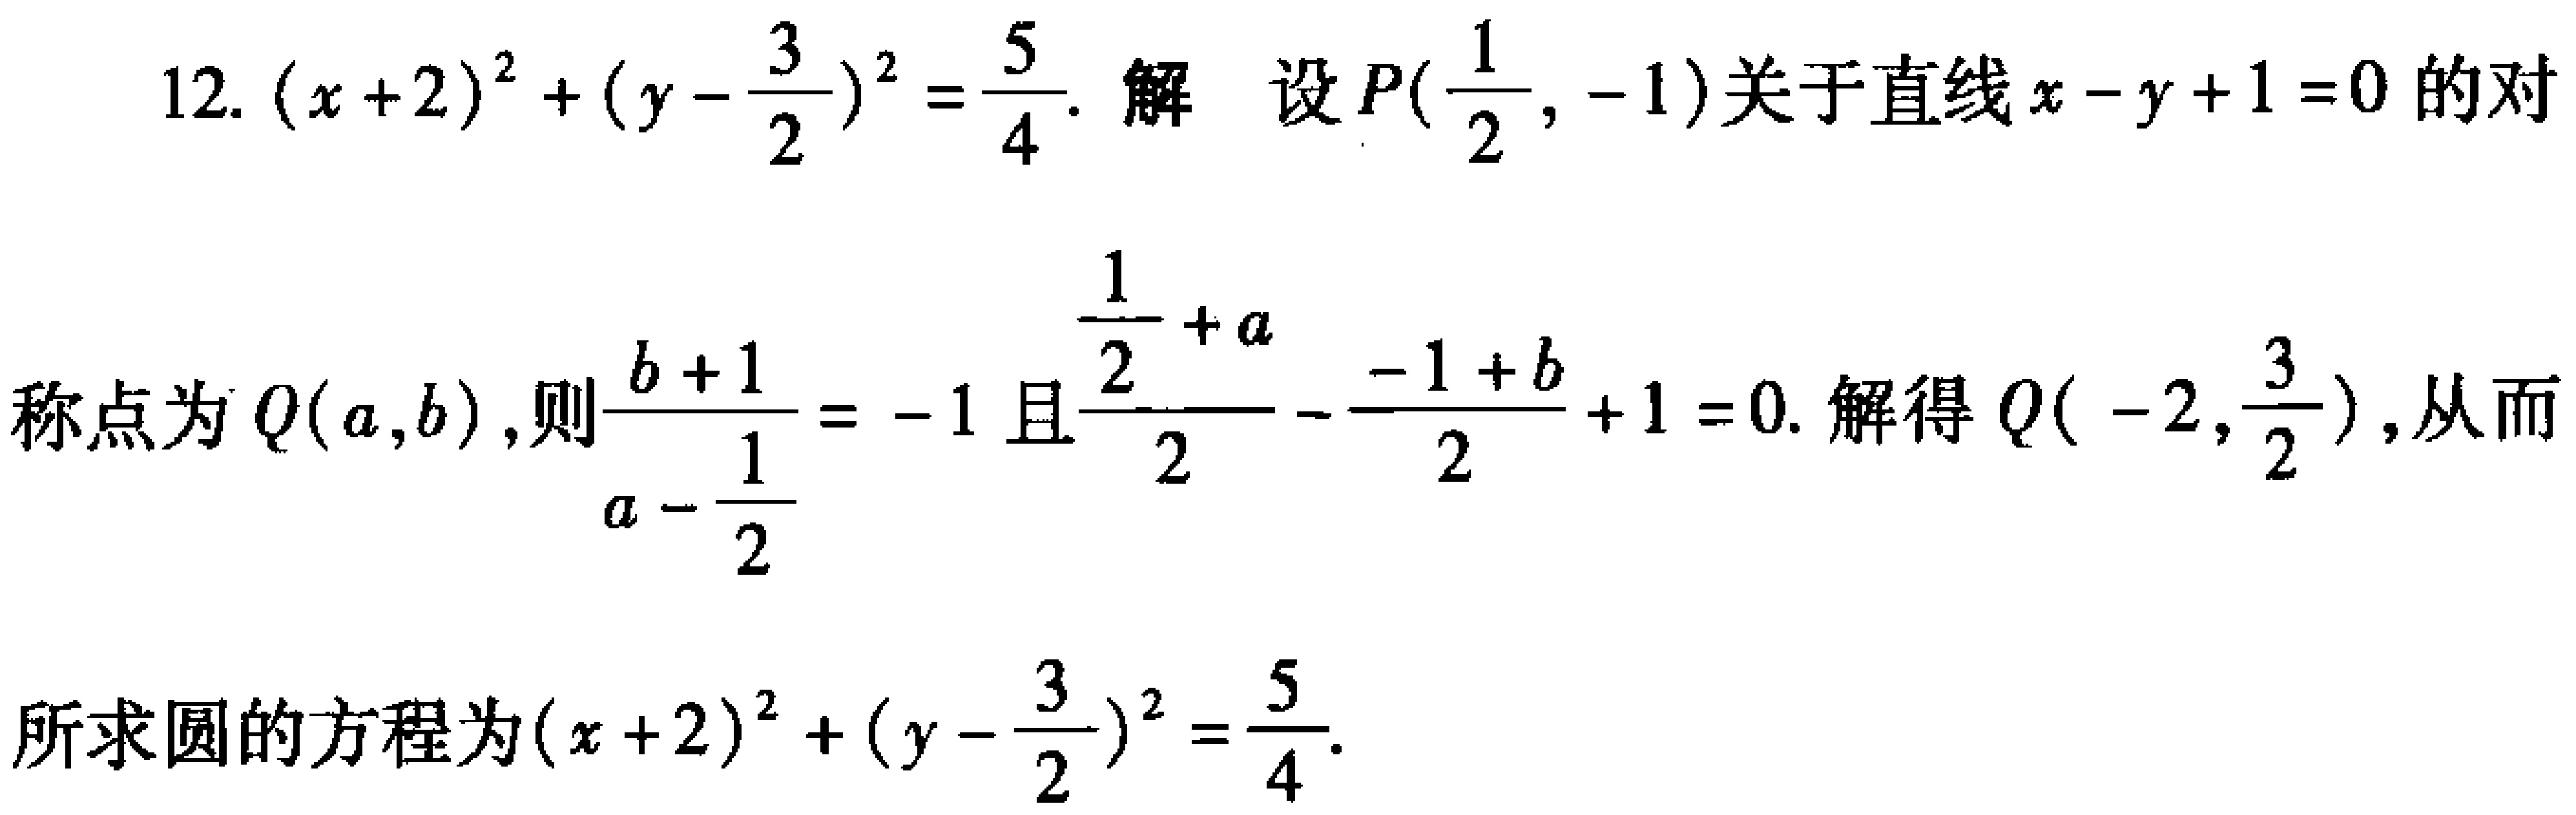
12. \((x + 2)^2+(y - \frac{3}{2})^2=\frac{5}{4}\). 解 设\(P(\frac{1}{2},-1)\)关于直线\(x - y + 1 = 0\)的对
称点为\(Q(a,b)\),则\(\frac{b + 1}{a - \frac{1}{2}}=-1\)且\(\frac{\frac{1}{2}+a}{2}-\frac{-1 + b}{2}+1 = 0\). 解得\(Q(-2,\frac{3}{2})\),从而
所求圆的方程为\((x + 2)^2+(y - \frac{3}{2})^2=\frac{5}{4}\).